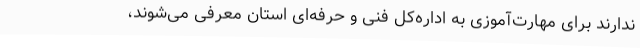
ندارند برای مهارت‌آموزی به اداره‌کل فنی و حرفه‌ای استان معرفی می‌شوند،